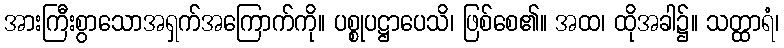
အားကြီးစွာသောအရှက်အကြောက်ကို။ ပစ္စုပဋ္ဌာပေသိ၊ ဖြစ်စေ၏။ အထ၊ ထိုအခါ၌။ သတ္ထာရံ၊